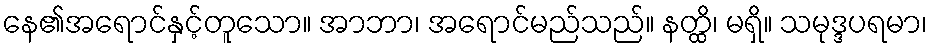
နေ၏အရောင်နှင့်တူသော။ အာဘာ၊ အရောင်မည်သည်။ နတ္ထိ၊ မရှိ။ သမုဒ္ဒပရမာ၊